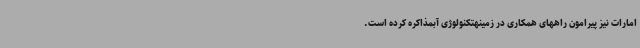
امارات نیز پیرامون راههای همکاری در زمینهتکنولوژی آبمذاکره کرده است‌.